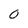
Character: 0